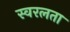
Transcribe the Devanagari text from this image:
स्वरलता